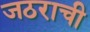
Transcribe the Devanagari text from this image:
जठराची